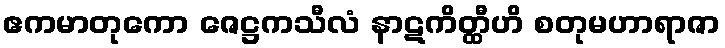
ဧကမာတုကော ဇေဋ္ဌကသီလံ နာဋကိတ္ထီဟိ စတုမဟာရာဇာ